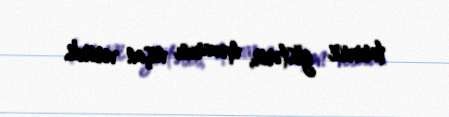
tarixini göstərir, məzarını nişan verirdi.